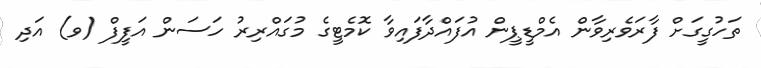
ތަހުގީގަށް ފާރަވެރިވާން އެމްޑީޕީން އުފައްދާފައިވާ ކޮމެޓީގެ މުގައްރިރު ހަސަން އަފީފް (ވ) އަދި